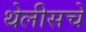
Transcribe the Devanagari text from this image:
थेलीसचे